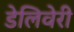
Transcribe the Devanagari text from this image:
डेलिवेरी